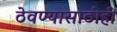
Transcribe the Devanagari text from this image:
ठेवण्यासाठीही